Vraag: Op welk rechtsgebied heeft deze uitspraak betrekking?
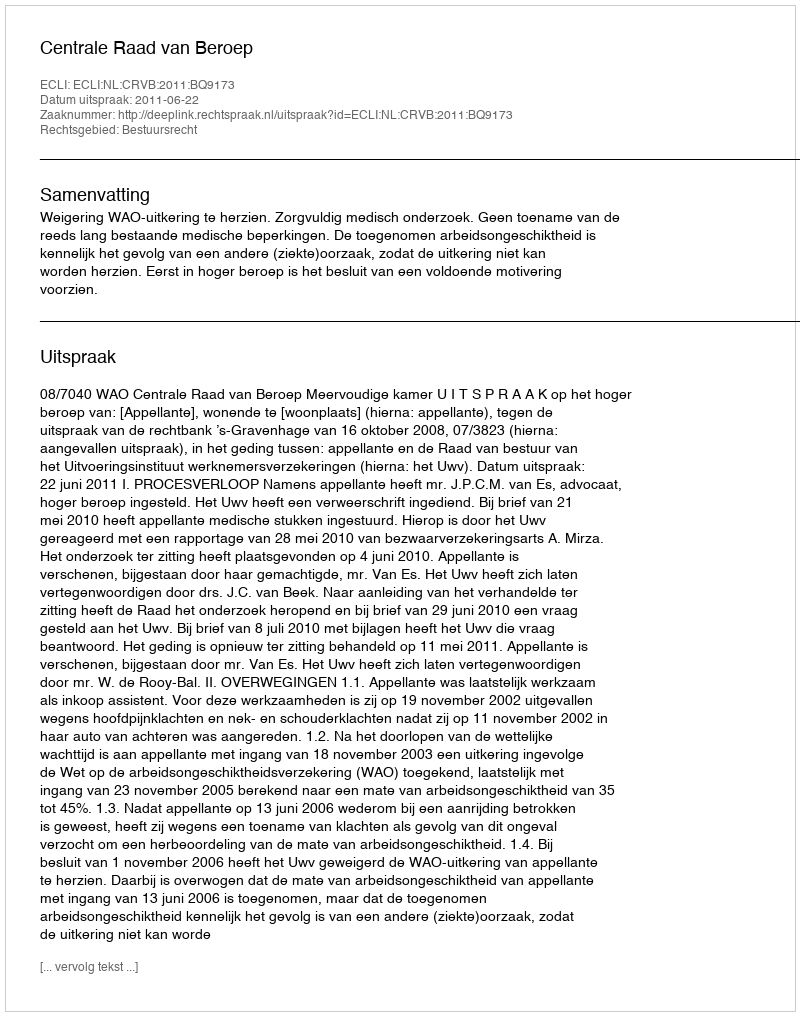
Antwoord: Bestuursrecht